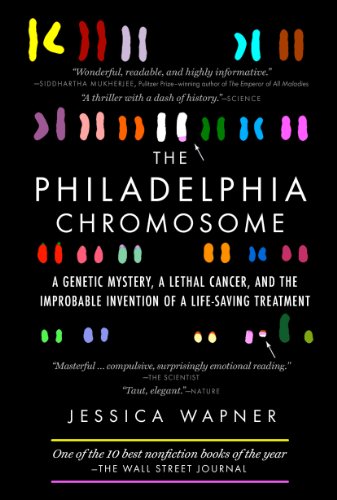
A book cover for The Philadelphia Chromosome: A Genetic Mystery, a Lethal Cancer, and the Improbable Invention of a Lifesaving Treatment; Jessica Wapner; Medical Books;